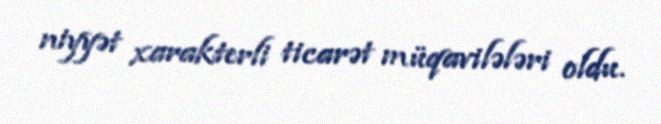
niyyət xarakterli ticarət müqavilələri oldu.